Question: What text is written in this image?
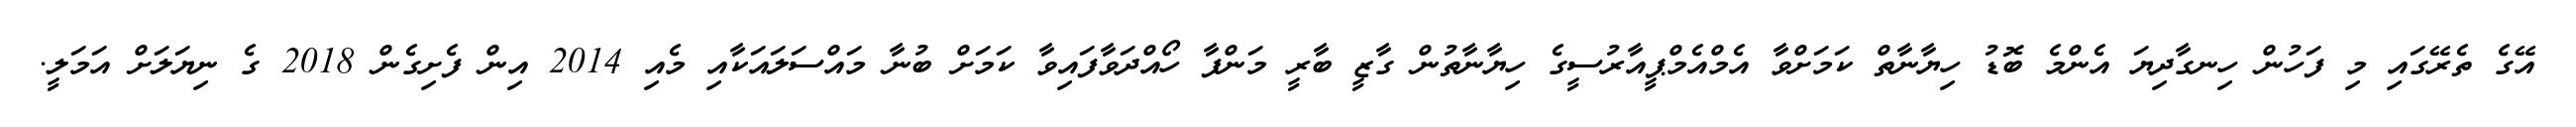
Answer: އޭގެ ތެރޭގައި މި ފަހުން ހިނގާދިޔަ އެންމެ ބޮޑު ހިޔާނާތް ކަމަށްވާ އެމްއެމްޕީއާރުސީގެ ހިޔާނާތުން ގާޒީ ބާރީ މަންފާ ހޯއްދަވާފައިވާ ކަމަށް ބުނާ މައްސަލައަކާއި މެއި 2014 އިން ފެށިގެން 2018 ގެ ނިޔަލަށް އަމަލީ.